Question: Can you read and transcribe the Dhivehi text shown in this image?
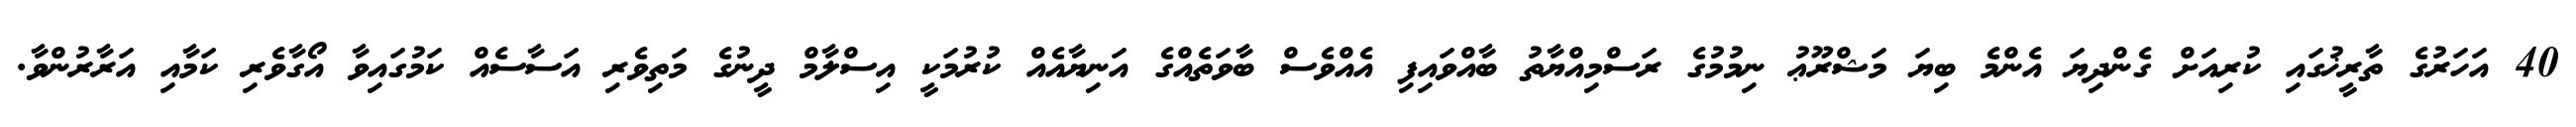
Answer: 40 އަހަރުގެ ތާރީޚުގައި ކުރިއަށް ގެންދިޔަ އެންމެ ބިޔަ މަޝްރޫޢު ނިމުމުގެ ރަސްމިއްޔާތު ބާއްވައިފި އެއްވެސް ބާވަތެއްގެ އަނިޔާއެއް ކުރުމަކީ އިސްލާމް ދީނުގެ މަތިވެރި އަސާސެއް ކަމުގައިވާ އޯގާވެރި ކަމާއި އަރާރުންވާ.